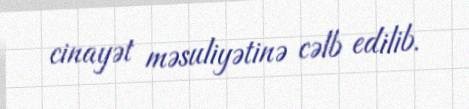
cinayət məsuliyətinə cəlb edilib.